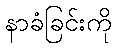
နာခံခြင်းကို